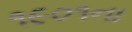
૧૯૦૧ના